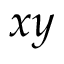
x y